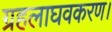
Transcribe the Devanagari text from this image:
ग्रहलाघवकरण।